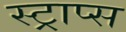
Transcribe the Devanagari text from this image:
स्ट्राप्स